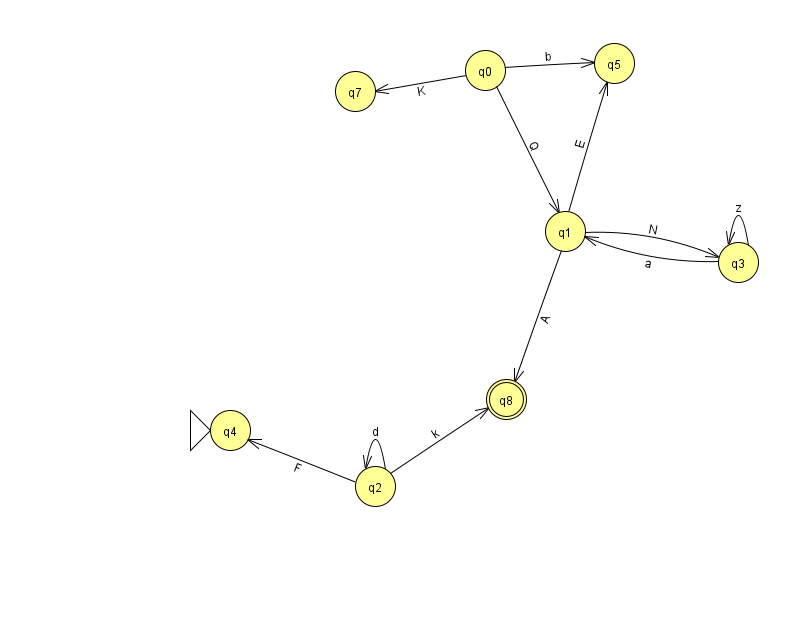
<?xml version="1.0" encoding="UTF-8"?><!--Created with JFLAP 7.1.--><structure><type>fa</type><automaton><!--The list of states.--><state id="0" name="q0"><x>485.0</x><y>57.0</y></state><state id="1" name="q1"><x>565.0</x><y>218.0</y></state><state id="2" name="q2"><x>375.0</x><y>473.0</y></state><state id="3" name="q3"><x>738.0</x><y>249.0</y></state><state id="4" name="q4"><x>230.0</x><y>417.0</y><initial/></state><state id="5" name="q5"><x>614.0</x><y>50.0</y></state><state id="7" name="q7"><x>355.0</x><y>78.0</y></state><state id="8" name="q8"><x>506.0</x><y>386.0</y><final/></state><!--The list of transitions.--><transition><from>0</from><to>7</to><read>K</read></transition><transition><from>1</from><to>8</to><read>A</read></transition><transition><from>3</from><to>1</to><read>a</read></transition><transition><from>2</from><to>2</to><read>d</read></transition><transition><from>0</from><to>5</to><read>b</read></transition><transition><from>0</from><to>1</to><read>Q</read></transition><transition><from>1</from><to>5</to><read>E</read></transition><transition><from>3</from><to>3</to><read>z</read></transition><transition><from>2</from><to>4</to><read>F</read></transition><transition><from>1</from><to>3</to><read>N</read></transition><transition><from>2</from><to>8</to><read>k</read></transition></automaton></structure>